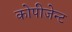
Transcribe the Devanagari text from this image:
कोपीजेन्ट